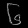
Digit: ၆